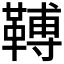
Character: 𩌏